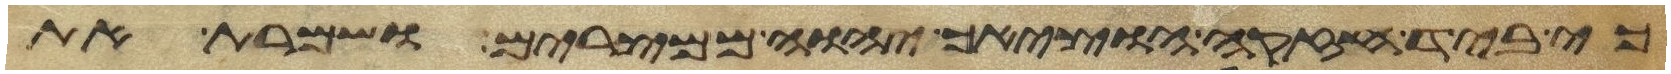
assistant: כי ביד חזקה הוציאך יהוה ממצרים ושמרת את